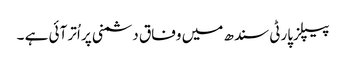
پیپلزپارٹی سندھ میں وفاق دشمنی پر اُتر آئی ہے ۔